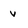
Character: v